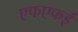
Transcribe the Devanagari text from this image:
एफएफई